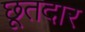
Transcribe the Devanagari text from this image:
छूतदार